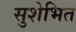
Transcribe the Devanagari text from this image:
सुशेभित